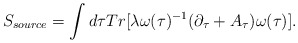
\begin{align*}S_{source} = \int d\tau Tr[ \lambda \omega(\tau)^{-1} (\partial_{\tau} +A_{\tau}) \omega(\tau)].\end{align*}